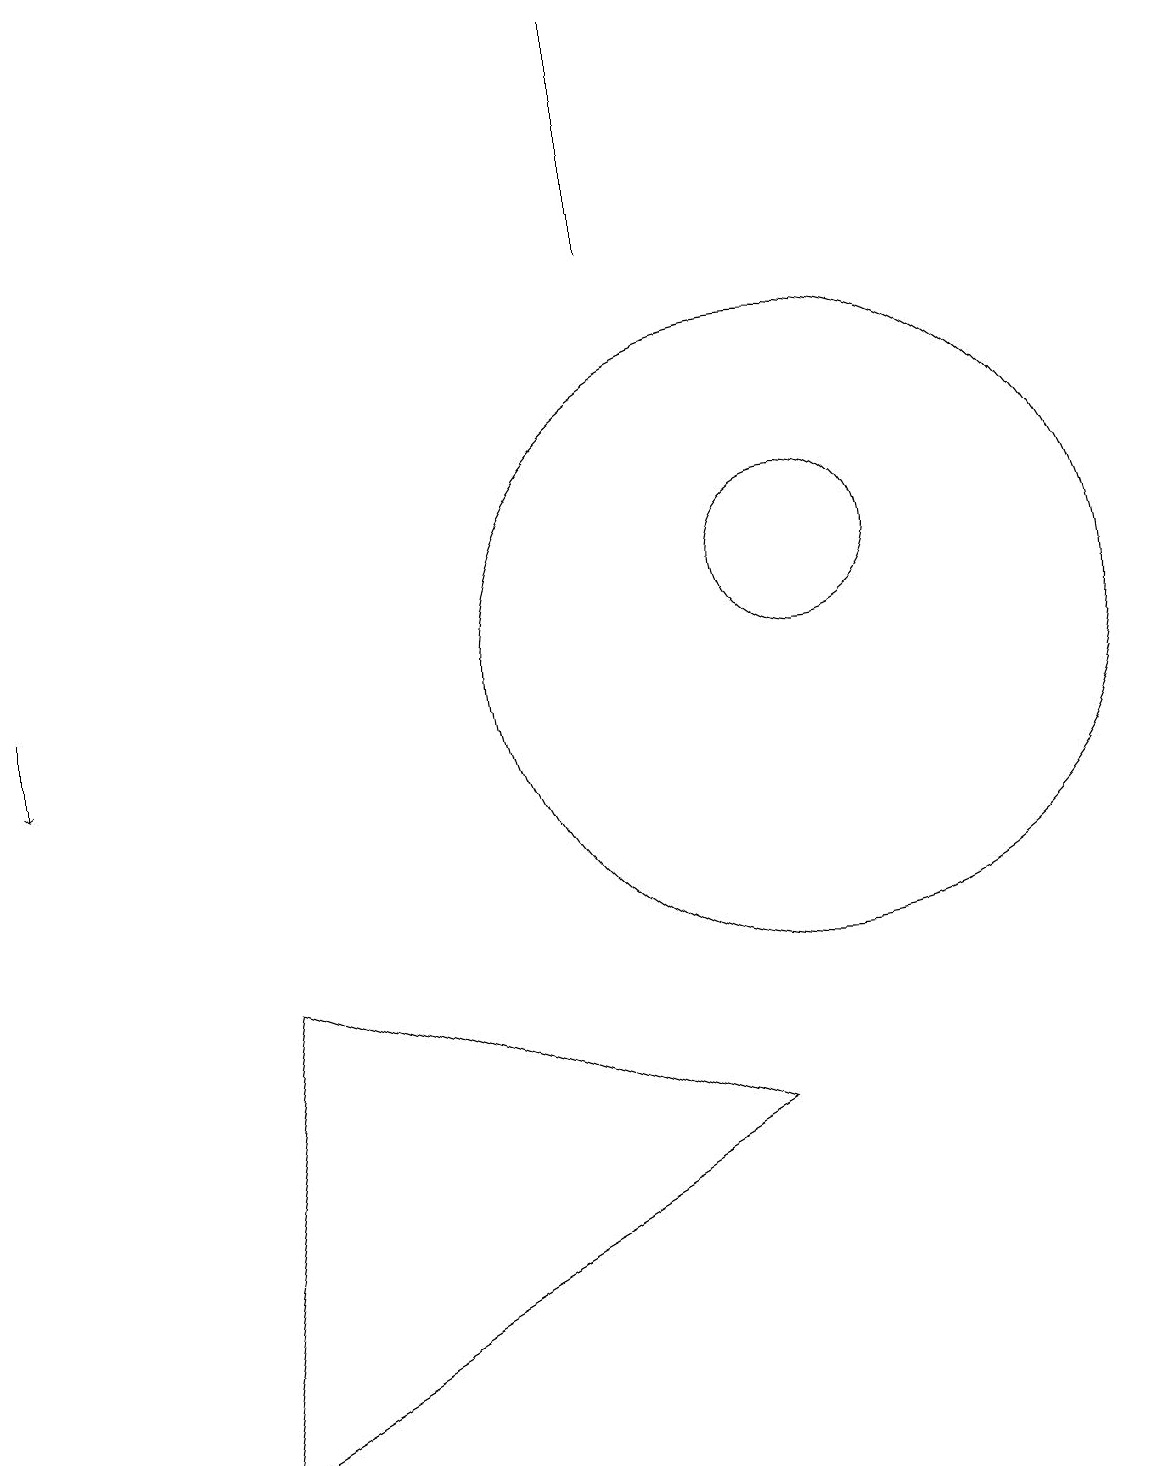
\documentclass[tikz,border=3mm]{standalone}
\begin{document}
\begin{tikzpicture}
\draw (9,5) -- (2,1) -- (3,7) -- cycle;
\draw (8,16) rectangle (8,19);
\draw[->] (0,11) -- (0,10);
\draw (10,12) circle (1);
\draw (10,11) circle (4);
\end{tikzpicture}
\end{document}